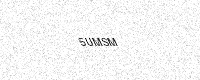
Text: 5UMSM